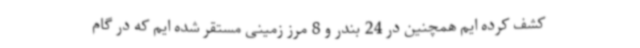
کشف کرده ایم همچنین در 24 بندر و 8 مرز زمینی مستقر شده ایم که در گام